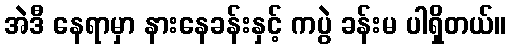
အဲဒီ နေရာမှာ နားနေခန်းနှင့် ကပွဲ ခန်းမ ပါရှိတယ်။